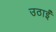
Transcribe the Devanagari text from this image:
उठाईं